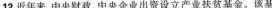
12.近年来，中央财政、中央企业出资设立产业扶贫基金，该基